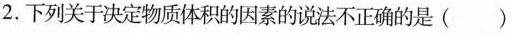
2.下列关于决定物质体积的因素的说法不正确的是()